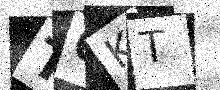
Text: T0KT